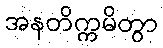
အနတိက္ကမိတွာ